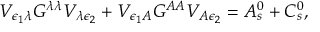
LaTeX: V _ { \epsilon _ { 1 } \lambda } G ^ { \lambda \lambda } V _ { \lambda \epsilon _ { 2 } } + V _ { \epsilon _ { 1 } A } G ^ { A A } V _ { A \epsilon _ { 2 } } = A _ { s } ^ { 0 } + C _ { s } ^ { 0 } ,